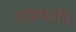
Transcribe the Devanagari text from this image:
अंडकादि